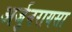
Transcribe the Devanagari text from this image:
अर्जुनरायसा